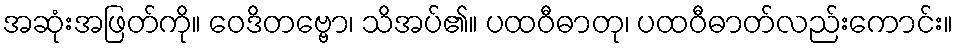
အဆုံးအဖြတ်ကို။ ဝေဒိတဗ္ဗော၊ သိအပ်၏။ ပထဝီဓာတု၊ ပထဝီဓာတ်လည်းကောင်း။